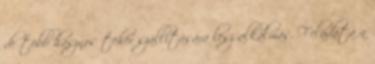
de több hasznos teher szállítására lesz alkalmas. Feladata a